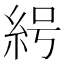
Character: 𰫟